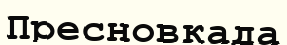
Пресновкада